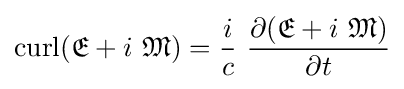
\operatorname {curl} ({\mathfrak {E}}+i\ {\mathfrak {M}})={\frac {i}{c}}\ {\frac {\partial ({\mathfrak {E}}+i\ {\mathfrak {M}})}{\partial t}}